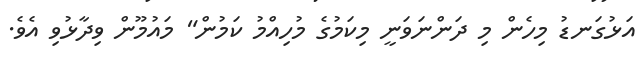
އަޅުގަނޑު މިހެން މި ދަންނަވަނީ މިކަމުގެ މުހިއްމު ކަމުން" މައުމޫން ވިދާޅުވި އެވެ.